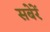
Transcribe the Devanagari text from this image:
सबेरें